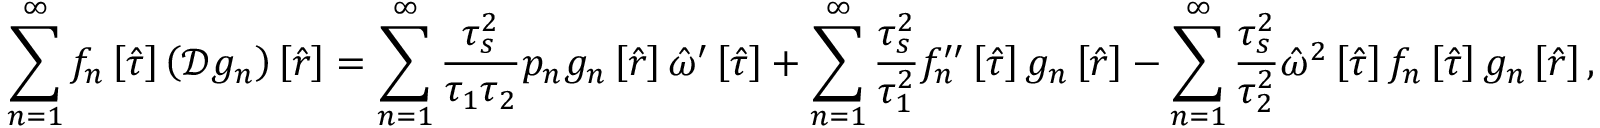
\sum _ { n = 1 } ^ { \infty } f _ { n } \left[ \hat { \tau } \right] \left( \mathcal { D } g _ { n } \right) \left[ \hat { r } \right] = \sum _ { n = 1 } ^ { \infty } \frac { \tau _ { s } ^ { 2 } } { \tau _ { 1 } \tau _ { 2 } } p _ { n } g _ { n } \left[ \hat { r } \right] \hat { \omega } ^ { \prime } \left[ \hat { \tau } \right] + \sum _ { n = 1 } ^ { \infty } \frac { \tau _ { s } ^ { 2 } } { \tau _ { 1 } ^ { 2 } } f _ { n } ^ { \prime \prime } \left[ \hat { \tau } \right] g _ { n } \left[ \hat { r } \right] - \sum _ { n = 1 } ^ { \infty } \frac { \tau _ { s } ^ { 2 } } { \tau _ { 2 } ^ { 2 } } \hat { \omega } ^ { 2 } \left[ \hat { \tau } \right] f _ { n } \left[ \hat { \tau } \right] g _ { n } \left[ \hat { r } \right] ,